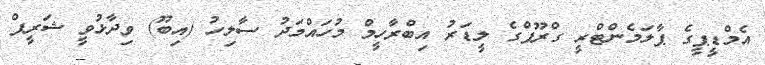
އެމްޑީޕީގެ ޕާލަމެންޓްރީ ގްރޫޕްގެ ލީޑަރު އިބްރާހީމް މުހައްމަދު ސާލިހު (އިބޫ) ވިދާޅުވީ ޝަރީފް